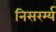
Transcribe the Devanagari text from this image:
निसरर्म्य